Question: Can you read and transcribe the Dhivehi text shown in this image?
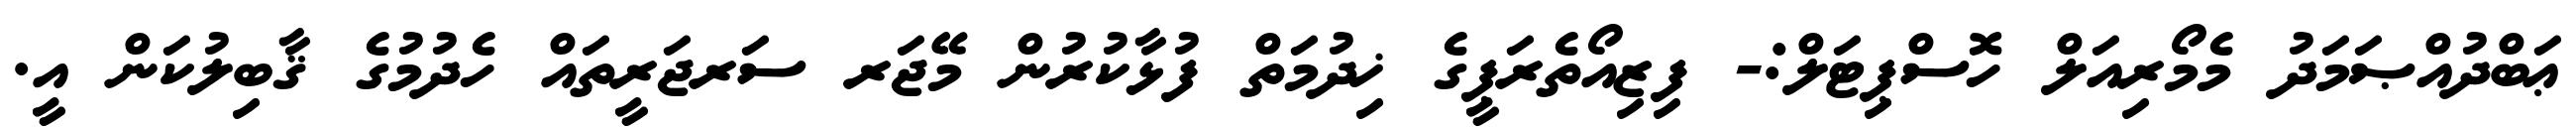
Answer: ޢަބްދުއްޞަމަދު މެމޯރިއަލް ހޮސްޕިޓަލް:- ފިޒިއޯތެރަޕީގެ ޚިދުމަތް ފުޅާކުރުން މޭޖަރ ސަރޖަރީތައް ހެދުމުގެ ޤާބިލުކަން އީ.